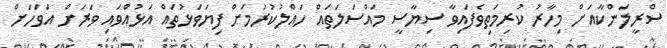
ސްރީލަންކާއަށް މިހާރު ކުރިމަތިވެފައިވާ ސިޔާސީ މައްސަލަތައް ހައްލުކުރުމަށް ފިޔަވަޅުތައް އަޅުއްވައި ވަރަށް އަވަހަށް